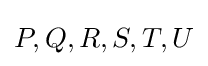
P,Q,R,S,T,U